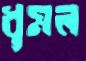
ধূমল